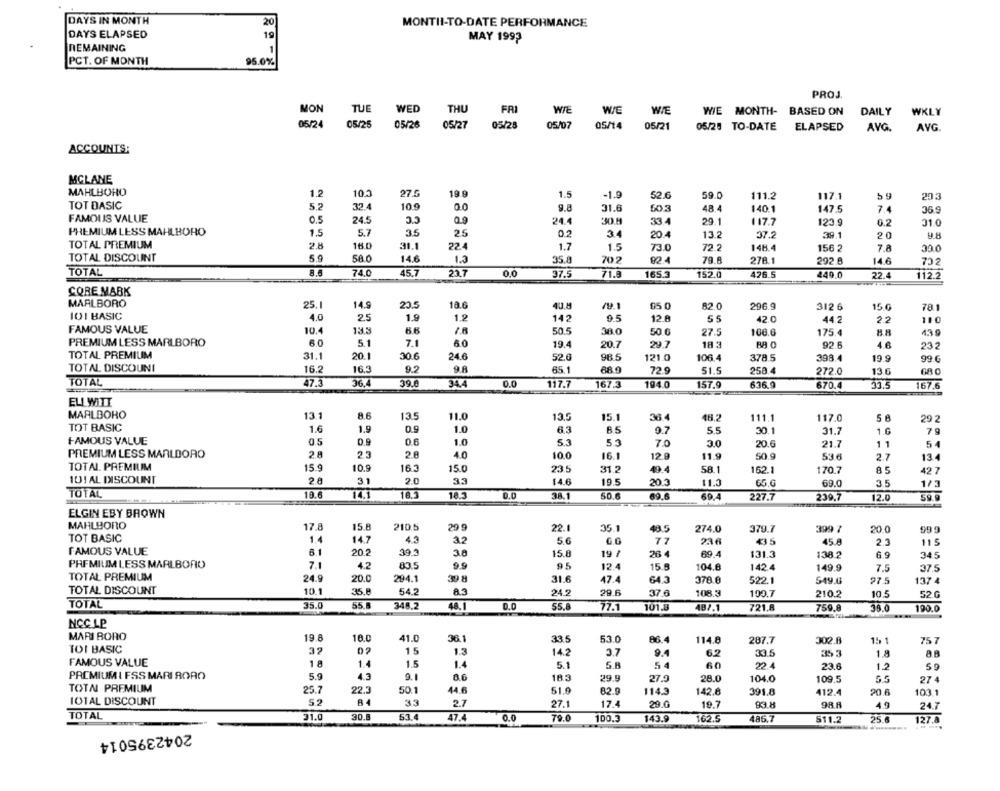
DAYS IN MONTH
20
MONTII-TO-DATE PERFORMANCE
DAYS ELAPSED
19
MAY 1992
REMAINING
1
PCT. OF MONTH
95.0%
PROJ
MON
TUE
WED
THU
FRI
WIE
WIE
WIE
WIE MONTH-
BASED ON
DAILY
WKLY
05/24
05/25
05/26
05/27
05/28
05/07
05/21
05/28 TO-DATE
ELAPSED
AVG.
AVG
ACCOUNTS:
MCLANE
MAHLBORO
1.2
105
27.6
19 9
1.5
-1.9
52.6
59.0
111.2
117.1
20.3
TOT DASIC
5.2
32.4
10.9
0.0
9.8
31.6
50.3
48.4
140.1
147.5
7.4
36.9
FAMOUS VALUE
0.5
24.5
0.9
24.4
30 H
33.4
29.1
117.7
123.9
0.2
31.0
PREMIUM LESS MAHLBORO
1.5
5.7
25
34
20.4
13.2
37.2
39.1
20
TOTAL PREMIUM
2.8
16.0
31.1
22.4
1.5
1.7
73.0
72.2
148.4
156 2
7.8
30.0
TOTAL DISCOUNT
5.9
58.0
14.6
1.3
35.8
702
92.4
79.8
278.1
292.8
14.6
702
TOTAL
8.
74.0
45.7
23.7
0.0
37.5
71.0
165.3
152.0
426.5
449.0
22.4
112.2
CORE MABK
MARLBORO
25.
14.9
20.5
18.6
40.8
85 0
82.0
296.9
3126
15 G
78.1
101 BASIC
4.0
1.9
1.2
2,5
142
9.5
12.8
55
42.0
44.2
2.2
110
FAMOUS VALUE
10.4
13.3
6.6
50.5
380
50 6
27.5
108.6
175.4
439
60
5.1
PREMIUM LESS MARLBORO
6.0
19.4
20.7
29.7
18 3
BAO
92.6
4.6
232
TOTAL PREMIUM
31.1
20.1
30.6
24.6
52.0
98.5
121.0
106.4
378.5
398.4
19.9
99.6
TOTAL DISCOUNI
16.2
16.3
9.A
65.1
88.9
72.9
51.5
258.4
272.0
13.6
TOTAL
47.3
36.4
39.0
34.4
0.0
117.7
167.3
194.0
157.9
636.9
670.4
33.5
167.6
ELI WITT
MARLBORO
13.1
8.6
135
11.0
13,5
15.1
36.4
18,2
111.1
117.0
5.8
29 2
TOT BASIC
1.9
1.6
1.0
63
65
0.7
5.5
30.1
31.7
1.6
79
FAMOUS VALUE
0.5
0.9
0.6
1.0
5.3
5.3
7.0
3.0
20.6
21.7
11
54
PREMIUM LESS MARLBORO
23
2.8
40
10.0
16.1
12.9
11.9
50.9
536
2.7
13.4
TOTAL PREMIUM
15.9
10.9
16.3
15.0
49.4
58.1
23.5
31.2
162.1
170.7
85
42 7
10! AL DISCOUNT
31
2.0
33
$4.6
19.5
20.3
11.3
65.G
69.0
3.5
1/3
TOTAL
10.6
14.1
18.3
18.3
D.O
38.1
50.6
69.6
69.4
227.7
239.7
12.0
59.9
ELGIN EBY BROWN
MARLBORO
17.8
15.8
210.5
29 9
22.1
35.1
48.5
274.0
379.7
399 7
20.0
59 9
TOT BASIC
1.4
4.3
14.7
3.2
5.€
G.O
77
23 6
435
45.8
2.3
115
FAMOUS VALUE
20.2
39.3
3.8
15.8
19 /
26 4
69.4
131.3
138.2
6.9
345
PREMIUM LESS MARLBORO
7.1
4.2
83.5
9.9
95
12.4
15.8
104.6
142.4
149.9
7.5
37.5
TOTAL PREMIUM
24.9
294.1
39.8
47.4
20.0
31.6
64.3
378.0
522.1
549.6
27.5
137 4
TOTAL DISCOUNT
10.1
35.8
54.2
24.2
29.6
37.6
108.3
100.7
210.2
10.5
52 G
TOTAL
35.0
55.8
348.2
48,1
0.0
55.8
77.1
101.8
487.1
721.8
759.8
38.0
190.0
NCC LP
MARI BORO
19.8
18.0
41.0
36.1
33.5
53.0
114.8
287.7
302.8
15 1
75 7
TOI BASIC
32
02
15
13
14.2
3.7
9.4
6.2
33.5
35 3
1.8
8.8
FAMOUS VALUE
1
1.5
5.1
54
60
22.4
23.6
1.2
59
PACMIUMI FSS MARI BORO
5.9
4.3
9.1
18.3
29.9
27,9
28.0
104.0
109.5
6.5
274
TOTAL PREMIUM
25.7
22.3
50.1
44.6
51.9
82.9
114.3
142.6
391.8
412.
20.6
103.1
101AL DISCOUNT
5.2
84
35
2.7
27.1
17.4
29.0
19.7
93.8
98.8
4.9
24.7
TOTAL
31.0
30.8
53.4
47.4
0.0
79.0
100.3
143.9
162.5
485.7
511.2
25.6
127.4
2042395014